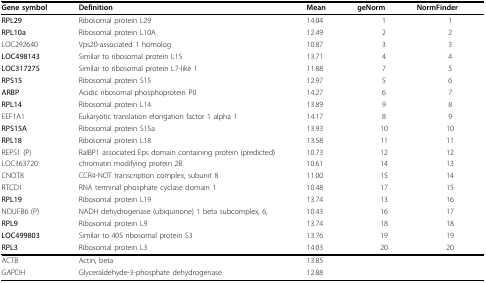
<table><thead><tr><td><b>Gene symbol</b></td><td><b>Definition</b></td><td><b>Mean</b></td><td><b>geNorm</b></td><td><b>NormFinder</b></td></tr></thead><tbody><tr><td><b>RPL29</b></td><td>Ribosomal protein L29</td><td>14.04</td><td>1</td><td>1</td></tr><tr><td><b>RPL10a</b></td><td>Ribosomal protein L10A</td><td>12.49</td><td>2</td><td>2</td></tr><tr><td>LOC292640</td><td>Vps20-associated 1 homolog</td><td>10.87</td><td>3</td><td>3</td></tr><tr><td><b>LOC498143</b></td><td>Similar to ribosomal protein L15</td><td>13.71</td><td>4</td><td>4</td></tr><tr><td><b>LOC317275</b></td><td>Similar to ribosomal protein L7-like 1</td><td>11.88</td><td>7</td><td>5</td></tr><tr><td><b>RPS15</b></td><td>Ribosomal protein S15</td><td>12.97</td><td>5</td><td>6</td></tr><tr><td><b>ARBP</b></td><td>Acidic ribosomal phosphoprotein P0</td><td>14.27</td><td>6</td><td>7</td></tr><tr><td><b>RPL14</b></td><td>Ribosomal protein L14</td><td>13.89</td><td>9</td><td>8</td></tr><tr><td>EEF1A1</td><td>Eukaryotic translation elongation factor 1 alpha 1</td><td>14.17</td><td>8</td><td>9</td></tr><tr><td><b>RPS15A</b></td><td>Ribosomal protein S15a</td><td>13.93</td><td>10</td><td>10</td></tr><tr><td><b>RPL18</b></td><td>Ribosomal protein L18</td><td>13.58</td><td>11</td><td>11</td></tr><tr><td>REPS1 (P)</td><td>RalBP1 associated Eps domain containing protein (predicted)</td><td>10.73</td><td>12</td><td>12</td></tr><tr><td>LOC363720</td><td>chromatin modifying protein 2B</td><td>10.61</td><td>14</td><td>13</td></tr><tr><td>CNOT8</td><td>CCR4-NOT transcription complex, subunit 8</td><td>11.00</td><td>15</td><td>14</td></tr><tr><td>RTCD1</td><td>RNA terminal phosphate cyclase domain 1</td><td>10.48</td><td>17</td><td>15</td></tr><tr><td><b>RPL19</b></td><td>Ribosomal protein L19</td><td>13.74</td><td>13</td><td>16</td></tr><tr><td>NDUFB6 (P)</td><td>NADH dehydrogenase (ubiquinone) 1 beta subcomplex, 6,</td><td>10.43</td><td>16</td><td>17</td></tr><tr><td><b>RPL9</b></td><td>Ribosomal protein L9</td><td>13.74</td><td>18</td><td>18</td></tr><tr><td><b>LOC499803</b></td><td>Similar to 40S ribosomal protein S3</td><td>13.76</td><td>19</td><td>19</td></tr><tr><td><b>RPL3</b></td><td>Ribosomal protein L3</td><td>14.03</td><td>20</td><td>20</td></tr><tr><td>ACTB</td><td>Actin, beta</td><td>13.85</td><td></td><td></td></tr><tr><td>GAPDH</td><td>Glyceraldehyde-3-phosphate dehydrogenase</td><td>12.88</td><td></td><td></td></tr></tbody></table>